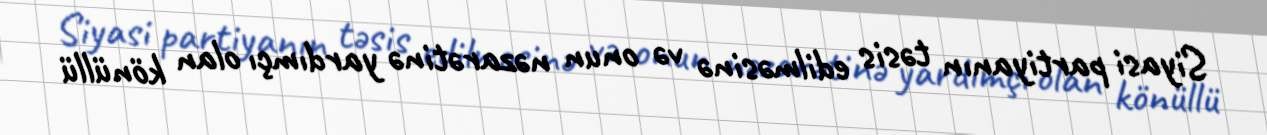
Siyasi partiyanın təsis edilməsinə və onun nəzarətinə yardımçı olan könüllü